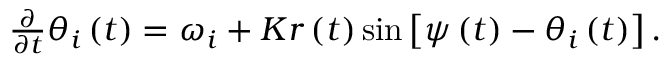
\begin{array} { r } { \frac { \partial } { \partial t } \theta _ { i } \left( t \right) = \omega _ { i } + K r \left( t \right) \sin \left[ \psi \left( t \right) - \theta _ { i } \left( t \right) \right] . } \end{array}